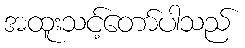
အထူးသင့်တော်ပါသည်